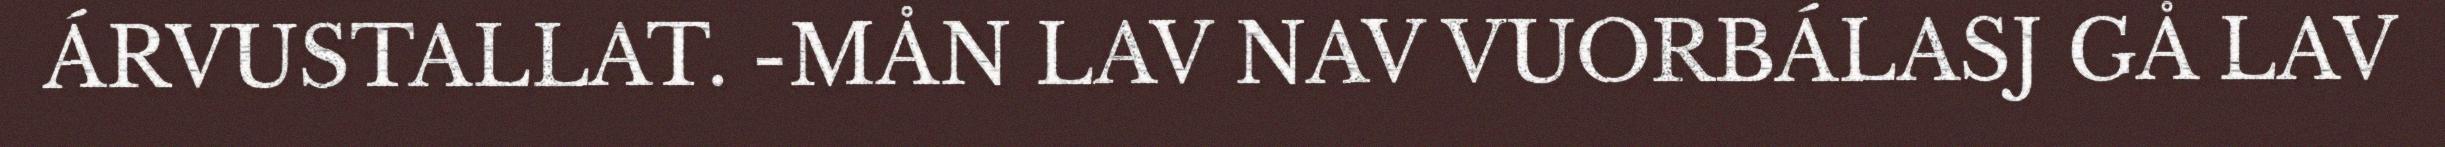
ÁRVUSTALLAT. -MÅN LAV NAV VUORBÁLASJ GÅ LAV